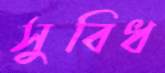
সুবিধ